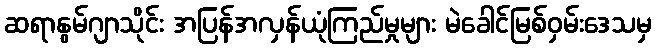
ဆရာနွမ်ဂျာသိုင်း အပြန်အလှန်ယုံကြည်မှုများ မဲခေါင်မြစ်ဝှမ်းဒေသမှ